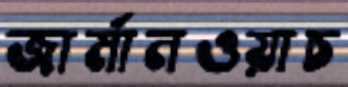
জার্মানওয়াচ